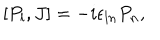
LaTeX: [ P _ { l } , J ] = - i \epsilon _ { l n } P _ { n } ,